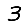
Digit: 3